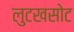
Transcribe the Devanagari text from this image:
लुटखसोट